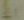
أنك